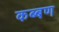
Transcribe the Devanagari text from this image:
कब्बण